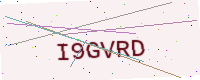
Text: I9GVRD